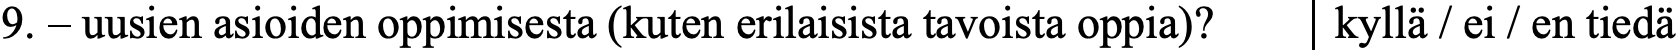
9. – uusien asioiden oppimisesta (kuten erilaisista tavoista oppia)? kyllä / ei / en tiedä